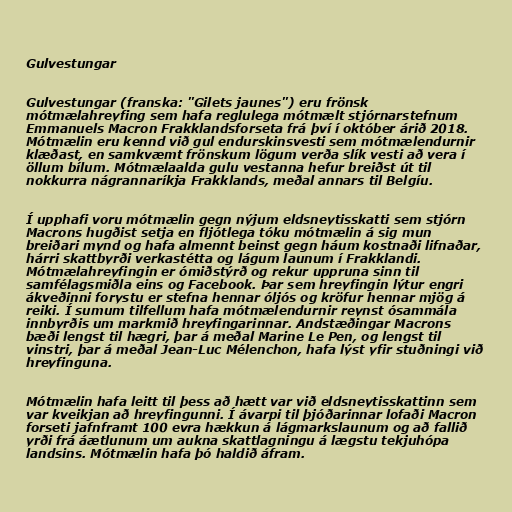
Gulvestungar

Gulvestungar (franska: "Gilets jaunes") eru frönsk
mótmælahreyfing sem hafa reglulega mótmælt stjórnarstefnum
Emmanuels Macron Frakklandsforseta frá því í október árið 2018.
Mótmælin eru kennd við gul endurskinsvesti sem mótmælendurnir
klæðast, en samkvæmt frönskum lögum verða slík vesti að vera í
öllum bílum. Mótmælaalda gulu vestanna hefur breiðst út til
nokkurra nágrannaríkja Frakklands, meðal annars til Belgíu.

Í upphafi voru mótmælin gegn nýjum eldsneytisskatti sem stjórn
Macrons hugðist setja en fljótlega tóku mótmælin á sig mun
breiðari mynd og hafa almennt beinst gegn háum kostnaði lifnaðar,
hárri skattbyrði verkastétta og lágum launum í Frakklandi.
Mótmælahreyfingin er ómiðstýrð og rekur uppruna sinn til
samfélagsmiðla eins og Facebook. Þar sem hreyfingin lýtur engri
ákveðinni forystu er stefna hennar óljós og kröfur hennar mjög á
reiki. Í sumum tilfellum hafa mótmælendurnir reynst ósammála
innbyrðis um markmið hreyfingarinnar. Andstæðingar Macrons
bæði lengst til hægri, þar á meðal Marine Le Pen, og lengst til
vinstri, þar á meðal Jean-Luc Mélenchon, hafa lýst yfir stuðningi við
hreyfinguna.

Mótmælin hafa leitt til þess að hætt var við eldsneytisskattinn sem
var kveikjan að hreyfingunni. Í ávarpi til þjóðarinnar lofaði Macron
forseti jafnframt 100 evra hækkun á lágmarkslaunum og að fallið
yrði frá áætlunum um aukna skattlagningu á lægstu tekjuhópa
landsins. Mótmælin hafa þó haldið áfram.